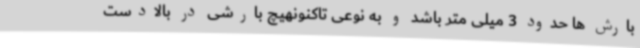
بارش ها حدود 3 میلی متر باشد و به نوعی تاکنونهیچ بارشی در بالادست